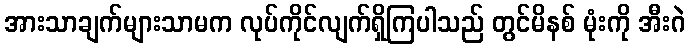
အားသာချက်များသာမက လုပ်ကိုင်လျက်ရှိကြပါသည် တွင်မိနစ် မုံးကို အီးဂဲ